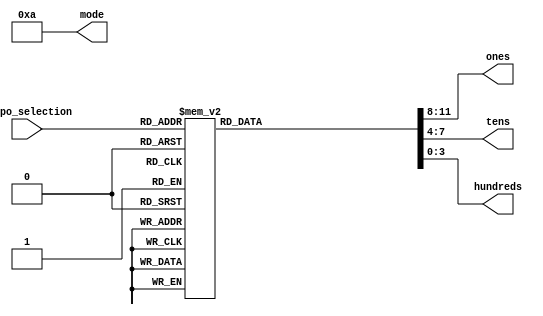
`timescale 1ns / 1ps
//////////////////////////////////////////////////////////////////////////////////
// Company: 
// Engineer: 
// 
// Design Name: 
// Module Name: tempo_to_sevenseg
// Project Name: 
// Target Devices: 
// Tool Versions: 
// Description: 
// 
// Dependencies: 
// 
// Revision:
// Revision 0.01 - File Created
// Additional Comments:
// 
//////////////////////////////////////////////////////////////////////////////////


module tempo_to_sevenseg(
    input [2:0] tempo_selection,
    output [3:0] ones, tens, hundreds, mode
    );
    
    // Temporary Registers
    reg [3:0] temp_ones = 4'd0;
    reg [3:0] temp_tens = 4'd0;
    reg [3:0] temp_hundreds = 4'd0;
    
    always@(tempo_selection) begin
    case (tempo_selection)
    // 60 BPM
    0: begin
        temp_hundreds = 4'd0;
        temp_tens = 4'd6;
        temp_ones = 4'd0;
    end
    // 75 BPM
    1: begin
        temp_hundreds = 4'd0;
        temp_tens = 4'd7;
        temp_ones = 4'd5;
    end
    // 90 BPM
    2: begin
        temp_hundreds = 4'd0;
        temp_tens = 4'd9;
        temp_ones = 4'd0;
    end
    // 100 BPM
    3: begin
       temp_hundreds = 4'd1;
       temp_tens = 4'd0;
       temp_ones = 4'd0;
    end 
    // 120 BPM
    4: begin
       temp_hundreds = 4'd1;
       temp_tens = 4'd2;
       temp_ones = 4'd0;
    end 
    // 140 BPM
    5: begin
       temp_hundreds = 4'd1;
       temp_tens = 4'd4;
       temp_ones = 4'd0;
    end
    // 200 BPM
    6: begin
        temp_hundreds = 4'd2;
        temp_tens = 4'd0;
        temp_ones = 4'd0;
    end 
    // 240 BPM
    7: begin
       temp_hundreds = 4'd2;
       temp_tens = 4'd4;
       temp_ones = 4'd0;
    end
    endcase
    end
    
    assign ones = temp_ones;
    assign tens = temp_tens;
    assign hundreds = temp_hundreds;
    assign mode = 4'd10;
    
endmodule